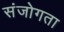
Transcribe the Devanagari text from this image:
संजोगता